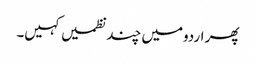
پھر اردومیں چند نظمیں کہیں۔